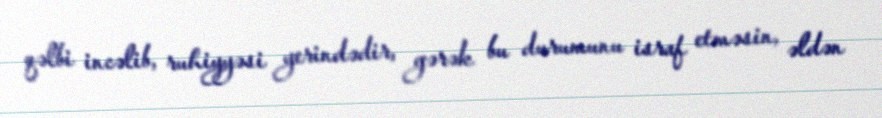
qəlbi incəlib, ruhiyyəsi yerindədir, gərək bu durumunu israf etməsin, əldən